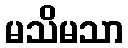
မသိမသာ